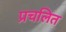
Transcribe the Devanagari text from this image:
प्रचलित